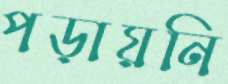
পড়ায়নি